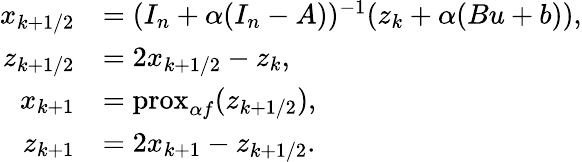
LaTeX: \begin{array}{rl}{x_{k+1/2}}&{=(I_{n}+\alpha(I_{n}-A))^{-1}(z_{k}+\alpha(Bu+b)),}\\ {z_{k+1/2}}&{=2x_{k+1/2}-z_{k},}\\ {x_{k+1}}&{=\mathrm{prox}_{\alpha f}(z_{k+1/2}),}\\ {z_{k+1}}&{=2x_{k+1}-z_{k+1/2}.}\end{array}